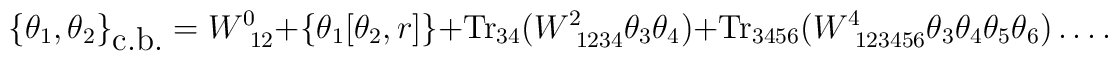
\{\theta_1,\theta_2\}_{\mbox{c.b.}}=W^{0}_{~12}+ \left\{\theta_1[\theta_2,r]\right\}+\mbox{Tr}_{34}(W^2_{~1234}\theta_3\theta_4)+\mbox{Tr}_{3456}(W^4_{~123456}\theta_3\theta_4\theta_5\theta_6)\ldots.